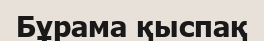
Бұрама қыспақ